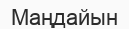
Маңдайын